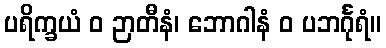
ပရိက္ခယံ ဝ ဉာတီနံ၊ ဘောဂါနံ ဝ ပဘင်္ဂုရံ။